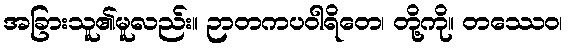
အခြားသူ၏မူလည်း။ ဉာတကပဝါရိတေ၊ တို့ကို။ တဿေဝ၊